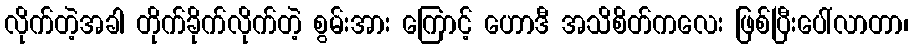
လိုက်တဲ့အခါ တိုက်ခိုက်လိုက်တဲ့ စွမ်းအား ကြောင့် ဟောဒီ အသိစိတ်ကလေး ဖြစ်ပြီးပေါ်လာတာ၊